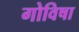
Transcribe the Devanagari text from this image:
गोविषा